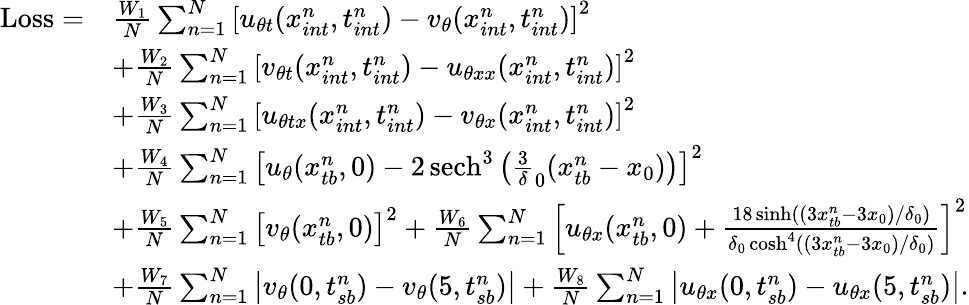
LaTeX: \begin{array}{rl}{\mathrm{Loss}=}&{\frac{W_{1}}{N}\sum_{n=1}^{N}\left[u_{\theta t}(x_{int}^{n},t_{int}^{n})-v_{\theta}(x_{int}^{n},t_{int}^{n})\right]^{2}}\\ &{+\frac{W_{2}}{N}\sum_{n=1}^{N}\left[v_{\theta t}(x_{int}^{n},t_{int}^{n})-u_{\theta xx}(x_{int}^{n},t_{int}^{n})\right]^{2}}\\ &{+\frac{W_{3}}{N}\sum_{n=1}^{N}\left[u_{\theta tx}(x_{int}^{n},t_{int}^{n})-v_{\theta x}(x_{int}^{n},t_{int}^{n})\right]^{2}}\\ &{+\frac{W_{4}}{N}\sum_{n=1}^{N}\left[u_{\theta}(x_{tb}^{n},0)-2\, \mathrm{sech}^{3}\left(\frac{3}{\delta}_{0}(x_{tb}^{n}-x_{0})\right)\right]^{2}}\\ &{+\frac{W_{5}}{N}\sum_{n=1}^{N}\left[v_{\theta}(x_{tb}^{n},0)\right]^{2}+\frac{W_{6}}{N}\sum_{n=1}^{N}\left[u_{\theta x}(x_{tb}^{n},0)+\frac{18\sinh((3x_{tb}^{n}-3x_{0})/\delta_{0})}{\delta_{0}\cosh^{4}((3x_{tb}^{n}-3x_{0})/\delta_{0})}\right]^{2}}\\ &{+\frac{W_{7}}{N}\sum_{n=1}^{N}\left|v_{\theta}(0,t_{sb}^{n})-v_{\theta}(5,t_{sb}^{n})\right|+\frac{W_{8}}{N}\sum_{n=1}^{N}\left|u_{\theta x}(0,t_{sb}^{n})-u_{\theta x}(5,t_{sb}^{n})\right|.}\end{array}